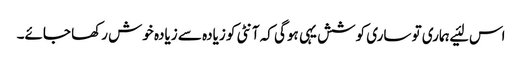
اس لئیے ہماری تو ساری کوشش یہی ہوگی کہ آنٹی کو زیادہ سے زیادہ خوش رکھا جائے۔